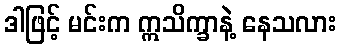
ဒါဖြင့် မင်းက ဣသိက္ခာနဲ့ နေသလား